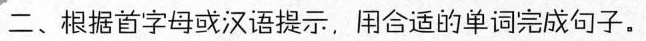
二、根据首字母或汉语提示,用合适的单词完成句子。